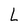
Character: L